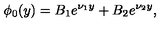
\phi _ { 0 } ( y ) = B _ { 1 } e ^ { \nu _ { 1 } y } + B _ { 2 } e ^ { \nu _ { 2 } y } ,